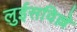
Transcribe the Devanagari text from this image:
लुईसविल्ले